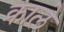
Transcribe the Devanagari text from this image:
क्राले